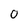
Character: 0